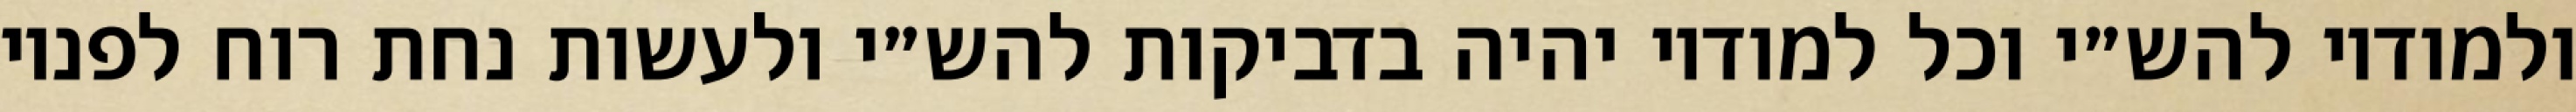
ולמודיו להש״י וכל למודיו יהיה בדביקות להש״י ולעשות נחת רוח לפניו